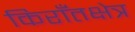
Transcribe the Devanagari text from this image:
किराँतक्षेत्र